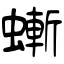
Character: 螹